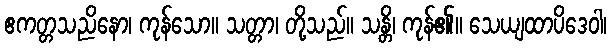
ဧကတ္တသညိနော၊ ကုန်သော။ သတ္တာ၊ တို့သည်။ သန္တိ၊ ကုန်၏။ သေယျထာပိဒေဝါ၊